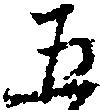
五